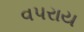
વપરાય